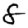
Digit: 8